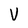
Character: V